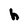
Character: h